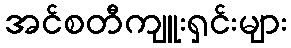
အင်စတီကျူးရှင်းများ